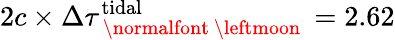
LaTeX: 2c\times\Delta\tau_{\mathrm{~\normalfont~\leftmoon~}}^{\mathrm{tidal}}=2.62